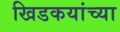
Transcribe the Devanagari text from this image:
खिडकयांच्या